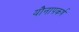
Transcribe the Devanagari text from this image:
यौनापकर्ष